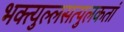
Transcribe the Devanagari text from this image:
भक्त्युल्लसत्पुलकतां